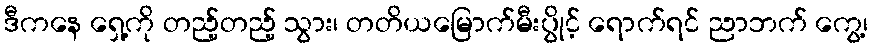
ဒီကနေ ရှေ့ကို တည့်တည့် သွား၊ တတိယမြောက်မီးပွိုင့် ရောက်ရင် ညာဘက် ကွေ့၊